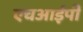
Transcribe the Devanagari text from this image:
एचआईपी